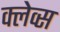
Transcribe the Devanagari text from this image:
क्लेव्स